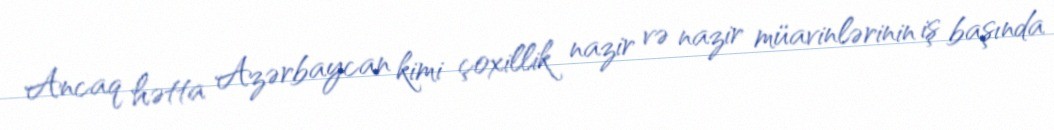
Ancaq hətta Azərbaycan kimi çoxillik nazir və nazir müavinlərinin iş başında